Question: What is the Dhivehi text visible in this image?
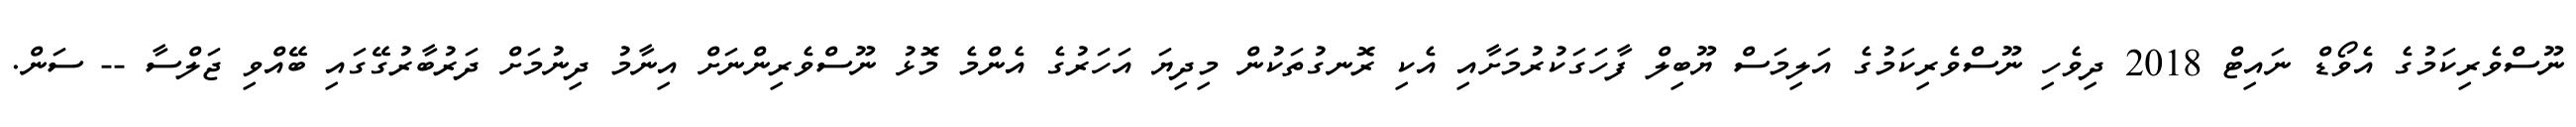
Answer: ނޫސްވެރިކަމުގެ އެވޯޑް ނައިޓް 2018 ދިވެހި ނޫސްވެރިކަމުގެ އަލިމަސް ޔޫބިލް ފާހަގަކުރުމަށާއި އެކި ރޮނގުތަކުން މިދިޔަ އަހަރުގެ އެންމެ މޮޅު ނޫސްވެރިންނަށް އިނާމު ދިނުމަށް ދަރުބާރުގޭގައި ބޭއްވި ޖަލްސާ -- ސަން.